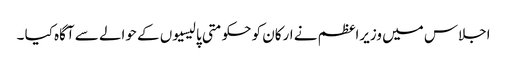
اجلاس میں وزیراعظم نے ارکان کو حکومتی پالیسیوں کے حوالے سے آگاہ کیا ۔